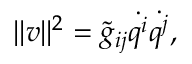
\lVert \boldsymbol v \rVert ^ { 2 } = \Tilde { g } _ { i j } \dot { q ^ { i } } \dot { q ^ { j } } ,